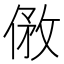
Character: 𠊮